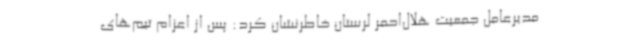
مدیرعامل جمعیت هلال‌احمر لرستان خاطرنشان کرد: پس از اعزام تیم‌های